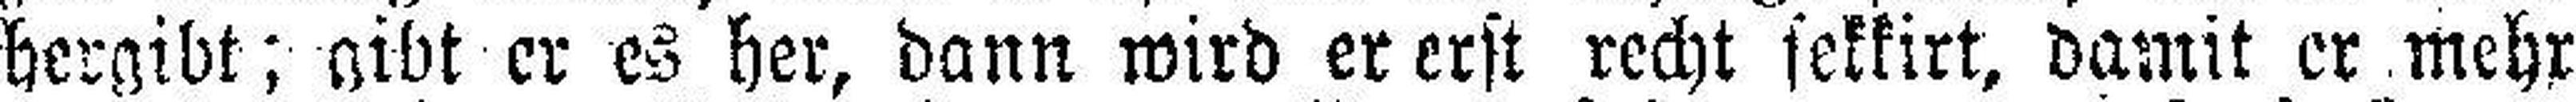
hergibt; gibt er es her, dann wird er erst recht sekkirt, damit er mehr